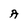
Character: A